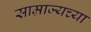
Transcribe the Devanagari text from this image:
साम्राज्यच्या